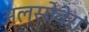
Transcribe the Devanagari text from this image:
अलसोवेरा